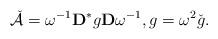
LaTeX: \begin{align*}\check{\mathcal{A}}=\omega ^{-1}\mathbf{D}^*g\mathbf{D}\omega ^{-1},g =\omega ^2 \check{g}.\end{align*}